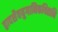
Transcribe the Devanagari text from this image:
द्वादशैवयुगानिकथितानि